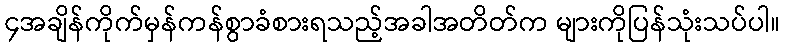
၄အချိန်ကိုက်မှန်ကန်စွာခံစားရသည့်အခါအတိတ်က များကိုပြန်သုံးသပ်ပါ။